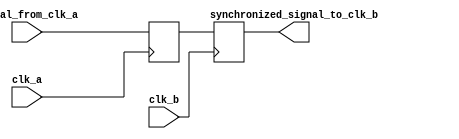
module timing_control_sync_block (
    input wire clk_a,
    input wire clk_b,
    input wire [7:0] signal_from_clk_a,
    output reg [7:0] synchronized_signal_to_clk_b
);

reg [7:0] synchronized_signal_to_clk_a;

always @(posedge clk_a) begin
    // Synchronize signal from clk_a to clk_b
    synchronized_signal_to_clk_a <= signal_from_clk_a;
end

always @(posedge clk_b) begin
    synchronized_signal_to_clk_b <= synchronized_signal_to_clk_a;
end

endmodule